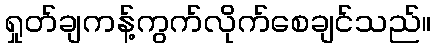
ရှုတ်ချကန့်ကွက်လိုက်စေချင်သည်။